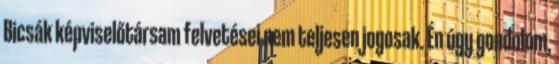
Bicsák képviselőtársam felvetései nem teljesen jogosak. Én úgy gondolom,